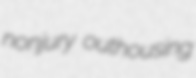
nonjury outhousing